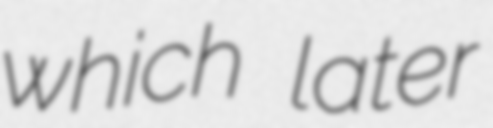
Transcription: which later